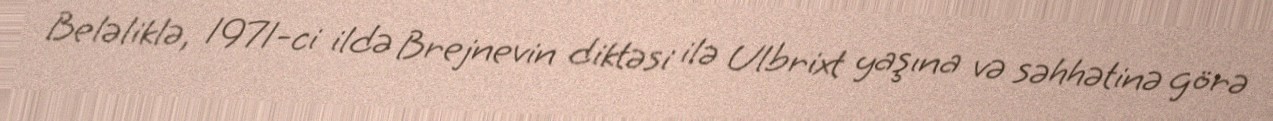
Beləliklə, 1971-ci ildə Brejnevin diktəsi ilə Ulbrixt yaşına və səhhətinə görə